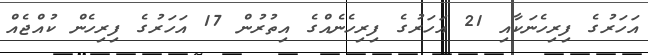
އަހަރުގެ ފިރިހެނަކާއި 21 އަހަރުގެ ފިރިހެނެއްގެ އިތުރުން 17 އަހަރުގެ ފިރިހެން ކުއްޖެއް